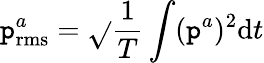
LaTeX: \mathtt{p}_{\mathrm{{rms}}}^{a}=\sqrt{}{{\frac{{1}}{{T}}\int(\mathtt{p}^{a})^{2}\mathrm{{d}}t}}